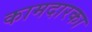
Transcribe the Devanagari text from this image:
कामदारका